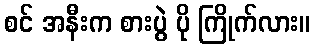
စင် အနီးက စားပွဲ ပို ကြိုက်လား။